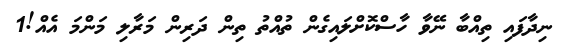
ނިދާފައި ތިއްބާ ނޭވާ ހާސްކޮށްލައިގެން ތުއްތު ތިން ދަރިން މަރާލި މަންމަ އެއް!1